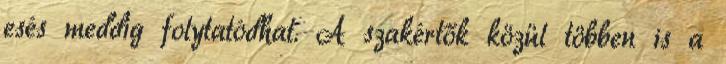
esés meddig folytatódhat. A szakértők közül többen is a